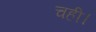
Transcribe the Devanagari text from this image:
चही।